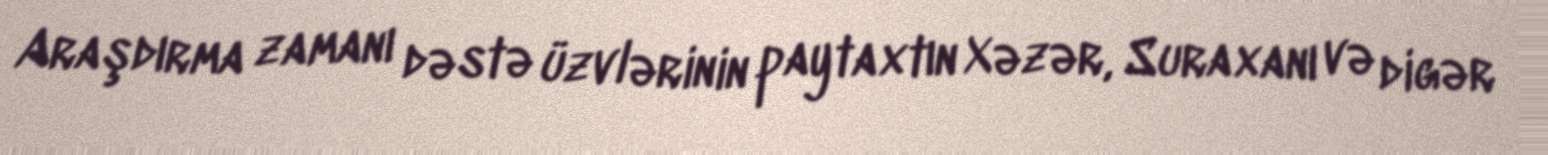
Araşdırma zamanı dəstə üzvlərinin paytaxtın Xəzər, Suraxanı və digər